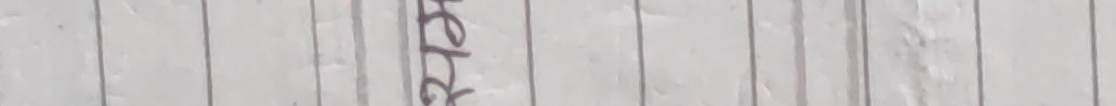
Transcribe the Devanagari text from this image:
हेर